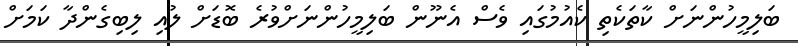
ބަލިމީހުންނަށް ކާތަކެތި ކެއުމުގައި ވެސް އެނޫން ބަލިމީހުންނަށްވުރެ ބޮޑަށް ލުއި ލިބިގެންދާ ކަމަށް